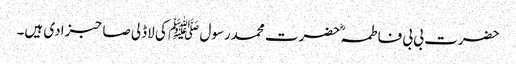
حضرت بی بی فاطمہؓ حضرت محمدرسول ﷺ کی لاڈلی صاحبزادی ہیں۔